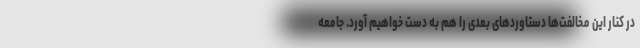
در کنار این مخالفت‌ها دستاوردهای بعدی را هم به دست خواهیم آورد. جامعه